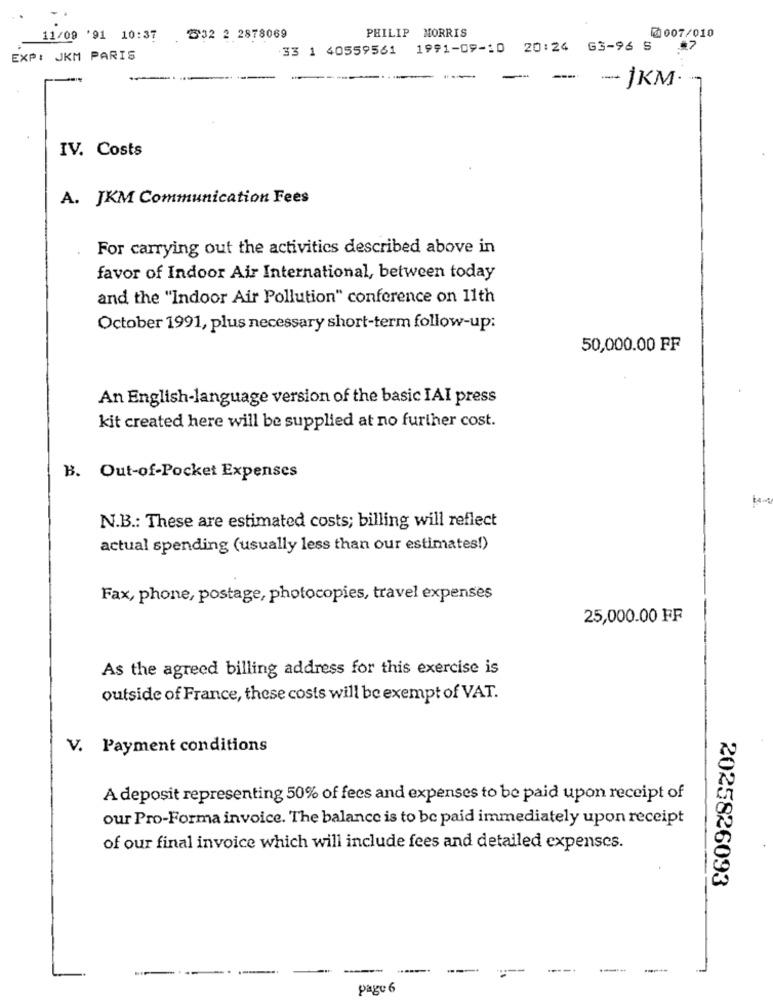
PHILIP MORRIS
11/09 '91 10:37
.232 2 2878069
@ 007/010
33 1 40559561 1991-09-10 20:24 G3-96 S
EXP: JKM PARIS
-
- 1KM.
IV. Costs
A. JKM Communication Fees
For carrying out the activities described above in
favor of Indoor Air International, between today
and the "Indoor Air Pollution" conference on 11th
October 1991, plus necessary short-term follow-up:
50,000.00 FF
An English-language version of the basic IAI press
kit created here will be supplied at no further cost.
B. Out-of-Pocket Expenses
14-
N.B .: These are estimated costs; billing will reflect
actual spending (usually less than our estimates!)
Fax, phone, postage, photocopies, travel expenses
25,000.00 FF
As the agreed billing address for this exercise is
outside of France, these costs will be exempt of VAT.
V. Payment conditions
A deposit representing 50% of fees and expenses to be paid upon receipt of
our Pro-Forma invoice. The balance is to be paid immediately upon receipt
of our final invoice which will include fees and detailed expenses.
2025826093
.....-.
Page 6